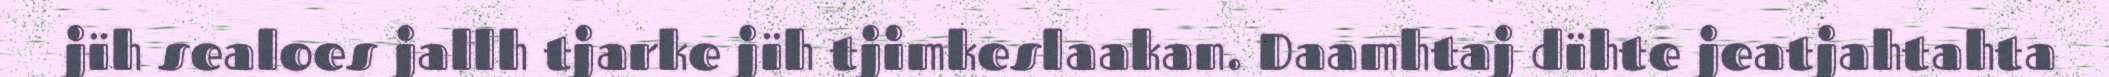
jïh sealoes jallh tjarke jïh tjimkeslaakan. Daamhtaj dïhte jeatjahtahta